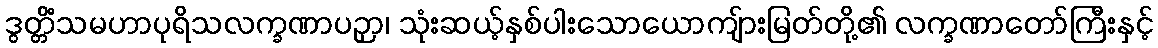
ဒွတ္တိံသမဟာပုရိသလက္ခဏာပဉှာ၊ သုံးဆယ့်နှစ်ပါးသောယောကျ်ားမြတ်တို့၏ လက္ခဏာတော်ကြီးနှင့်